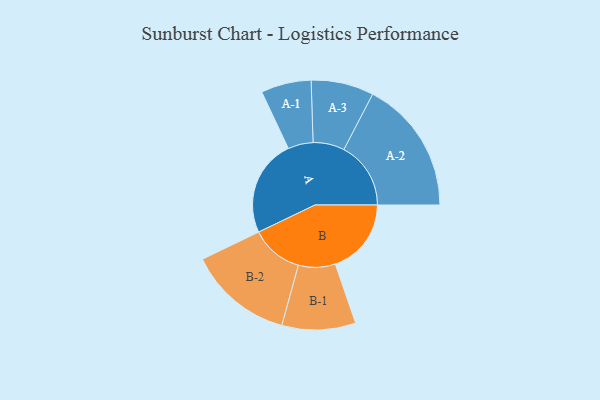
{"axis": {"x": "Segment", "y": "Value"}, "legend": ["", "A", "B"], "data": [{"x": "A", "y": 405, "type": ""}, {"x": "B", "y": 318, "type": ""}, {"x": "A-1", "y": 105, "type": "A"}, {"x": "A-2", "y": 280, "type": "A"}, {"x": "A-3", "y": 131, "type": "A"}, {"x": "B-1", "y": 154, "type": "B"}, {"x": "B-2", "y": 219, "type": "B"}]}